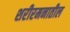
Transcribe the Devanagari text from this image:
शरीरमनातील